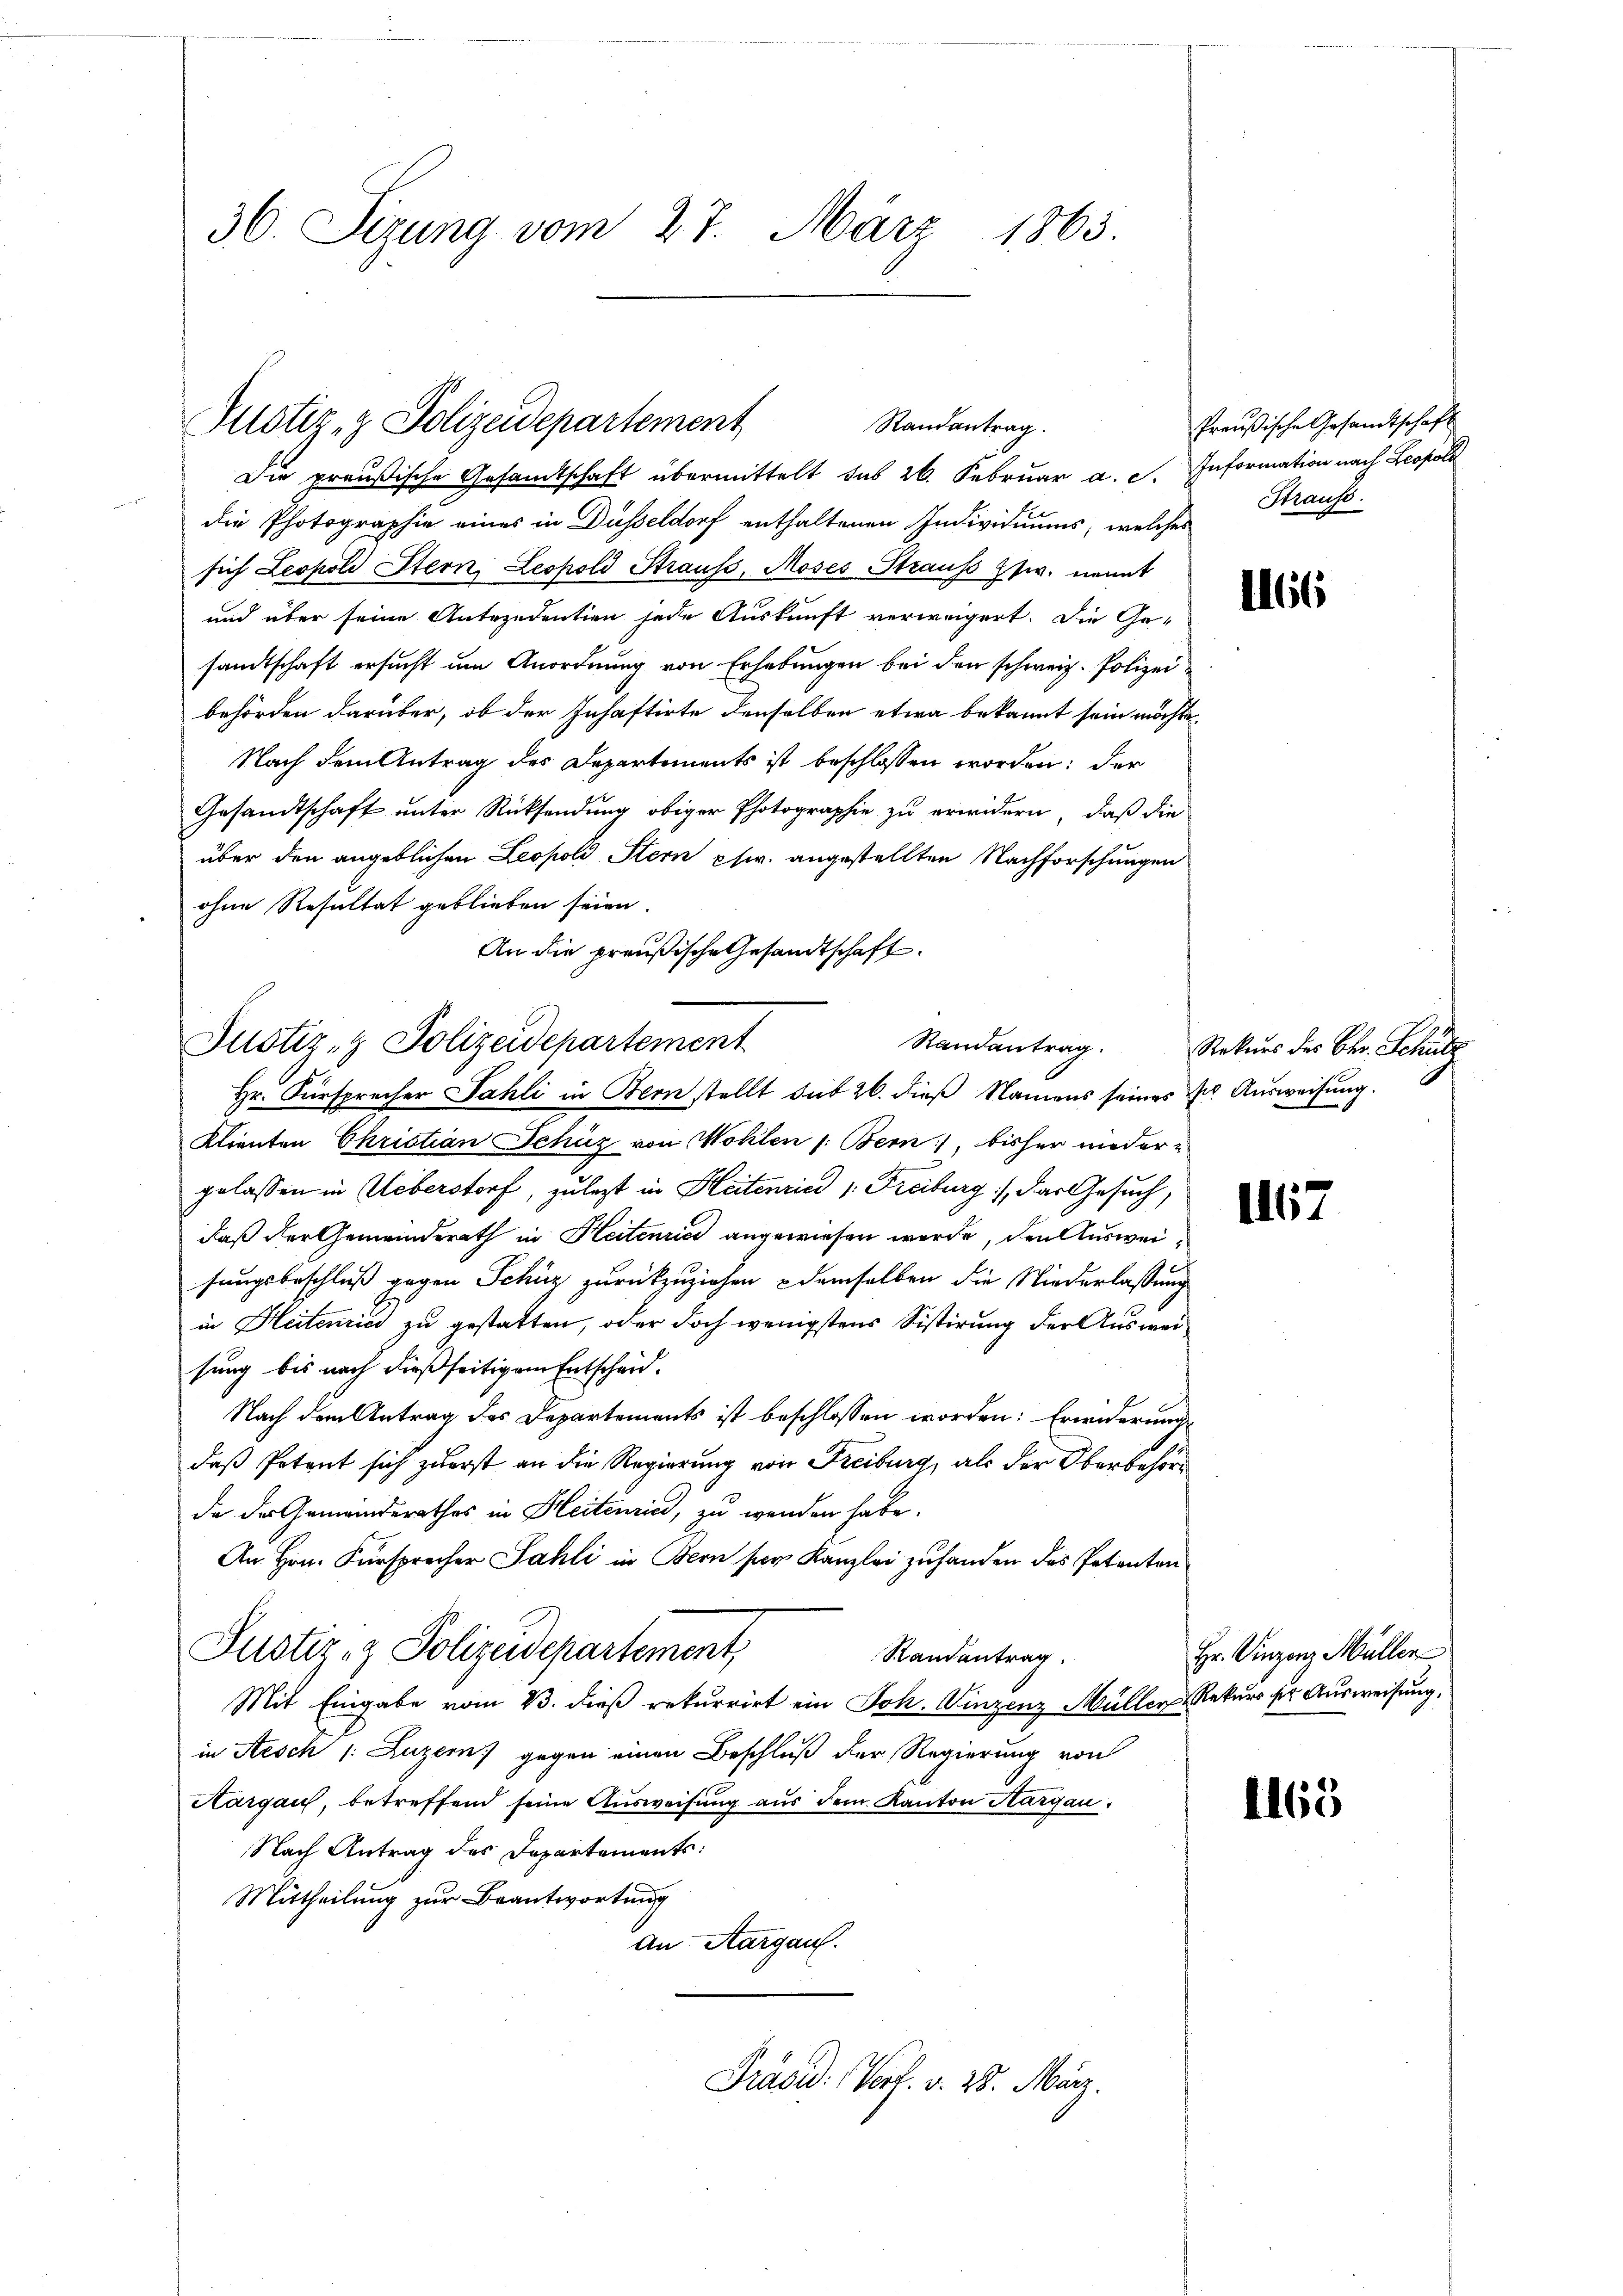
36. Sizung vom 27. März 1863.

Pustiz- & Polizeidepartement
Randantrag.

Die preußische Gesandtschaft übermittelt sub 26. Februar a. c. Information nach Leopold
die Photographie eines in Düsseldorf enthaltenen Individuums, welches
sich Leopold Stern, Leopold Strauss, Moses Straus Esw. nennt
und über seine Antezedentien jede Auskunft verweigert. Die Ge-
sandtschaft ersucht um Anordnung von Erhebungen bei den schweiz. Polizei
behörden darüber, ob der Inhaftirte denselben etwa bekannt sein möchte.
Nach dem Antrag des Departements ist beschlossen worden: der
Gesandtschaft unter Rücksendung obiger Photographie zu erwidern, daß die
über den angeblichen Leopold Stern pfw. angestellten Nachforschungen
ohne Resultat geblieben seien.
An die preußische Gesandtschaft.
Justiz- & Polizeidepartement

Preußische Gesandtschaft
Strauss

Hr. Fürsprecher Fahli in Bern stellt sub 26. dieß Namens seines Dr. Ausweisung.
Klienten Christian Schüz von Wohlen (: Bern, bisher niedergelassen in Ueberstorf, zu legt in Heitenried 1. Freiburg), das Gesuch,
daß der Gemeinderath in Heitenrici angewiesen wurde, den Ausweisungsbeschluß gegen Schüz zurückzuziehen & demselben die Niederlassung
in Heitenries zu gestatten, oder doch wenigstens Sistirung der Ausweisung bis nach dießseitigem Entscheid.
Nach dem Antrag des Departements ist beschlossen worden: Erwiderung
daß Potent sich zuerst an die Regierung von Freiburg, als der Oberbehörda der Gemeinderathes in Heitenried, zu wenden habe.
An Hrn. Fürsprecher Sahli in Bern für Kanzlei zuhanden das Petenten
Justiz- & Polizeidepartement,
Randantrag
Mit Eingabe vom 13. dieß rekurrirt ein Joh. Vinzenz Müller Rekurs der Ausweisung,
in Aesch 1: Luzern) gegen einen Beschluß der Regierung von
Aargau, betreffend seine Ausweisung aus dem Kanton Aargau.
Nach Antrag des Departements:
Mittheilung zur Beantwortung
An Aargau.
Präsid. Verf. v. 28. März.

1166

Randantrag. Rekurs des Chr. Schütz

1167

Hr. Vinzenz Müller

1165